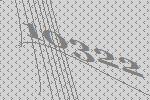
10322